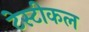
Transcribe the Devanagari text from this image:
टेस्टीकल